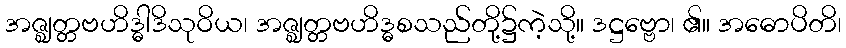
အဇ္ဈတ္တဗဟိဒ္ဓါဒိသုဝိယ၊ အဇ္ဈတ္တဗဟိဒ္ဓစသည်တို့၌ကဲ့သို့။ ဒဋ္ဌဗ္ဗော၊ ၏။ အဓောပိတိ၊